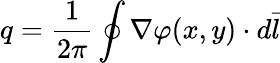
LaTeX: q=\frac{1}{2\pi}\oint\nabla\varphi(x,y)\cdot d\vec{l}